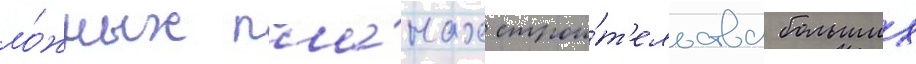
ло́жных пла́нах строи́т'ельства больших